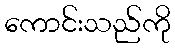
ကောင်းသည်ကို